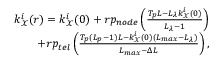
\begin{array} { r } { k _ { \mathcal { X } } ^ { i } ( r ) = k _ { \mathcal { X } } ^ { i } ( 0 ) + r p _ { n o d e } \left( \frac { T _ { p } L - L _ { \lambda } k _ { \mathcal { X } } ^ { i } ( 0 ) } { L _ { \lambda } - 1 } \right) } \\ { + r p _ { t e l } \left( \frac { T _ { p } ( L _ { p } - 1 ) L - k _ { \mathcal { X } } ^ { i } ( 0 ) ( L _ { m a x } - L _ { \lambda } ) } { L _ { m a x } - \Delta L } \right) , } \end{array}